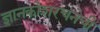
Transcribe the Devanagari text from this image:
ज्ञानकोशरचनेची